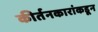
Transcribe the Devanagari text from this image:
कीर्तनकारांकडून